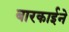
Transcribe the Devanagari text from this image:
बारकार्इने